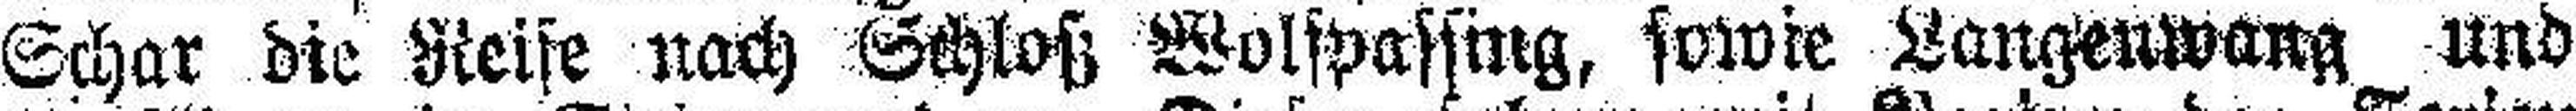
Schar die Reise nach Schloß Wolfpassing, sowie Langenwang und